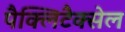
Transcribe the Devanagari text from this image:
पैक्लिटैक्सेल